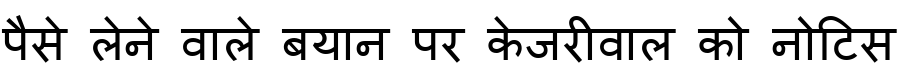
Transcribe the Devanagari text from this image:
पैसे लेने वाले बयान पर केजरीवाल को नोटिस